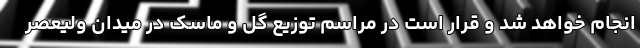
انجام خواهد شد و قرار است در مراسم توزیع گل و ماسک در میدان ولیعصر